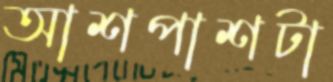
আশপাশটা